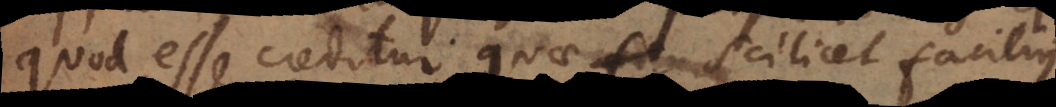
quod esse creditur, quae scilicet facilius